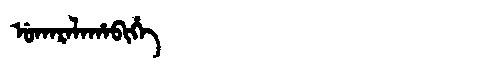
Manchu: ᡠᡴᠠᡵᠠᠯᠠᡥᠠᠪᡳᡥᡝ
Romanization: UKARALAHABIHE